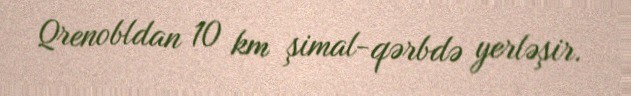
Qrenobldan 10 km şimal-qərbdə yerləşir.